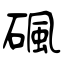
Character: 碸